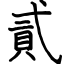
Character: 貳